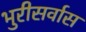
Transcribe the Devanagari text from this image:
भुरीसर्वास